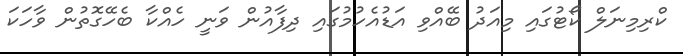
ކްރިމިނަލް ކޯޓުގައި މިއަދު ބޭއްވި އަޑުއެހުމުގައި ދިފާއުން ވަނީ ހެއްކާ ބެހޭގޮތުން ވާހަކަ